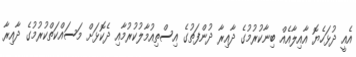
އެއީ ދުޅަހެޔޮ އާއިލާއެއް ބިނާކުރުމުގެ ދާއިރާ ދުންފަތުގެ އިސްތިއުމާލުކުރުމާއި ދެކޮޅަށް މަސައްކަތްކުރުމުގެ ދާއިރާ